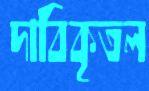
দাবিকৃতল